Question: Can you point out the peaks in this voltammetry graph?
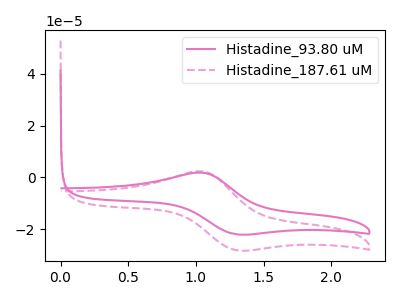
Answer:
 <answer>The pink curve "Histadine_93.80 uM" has an anodic peak at (1.05V, 1.85uA) and a cathodic peak at (1.30V, -21.95uA). The pink dashed curve "Histadine_187.61 uM" has an anodic peak at (1.05V, 2.35uA) and a cathodic peak at (1.30V, -28.10uA).</answer>
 <eval></eval>